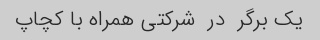
یک برگر  در  شرکتی همراه با کچاپ